Vaccine operations Central Provinces & Berar 1912-1920 - 1912-1920
Year: 1912
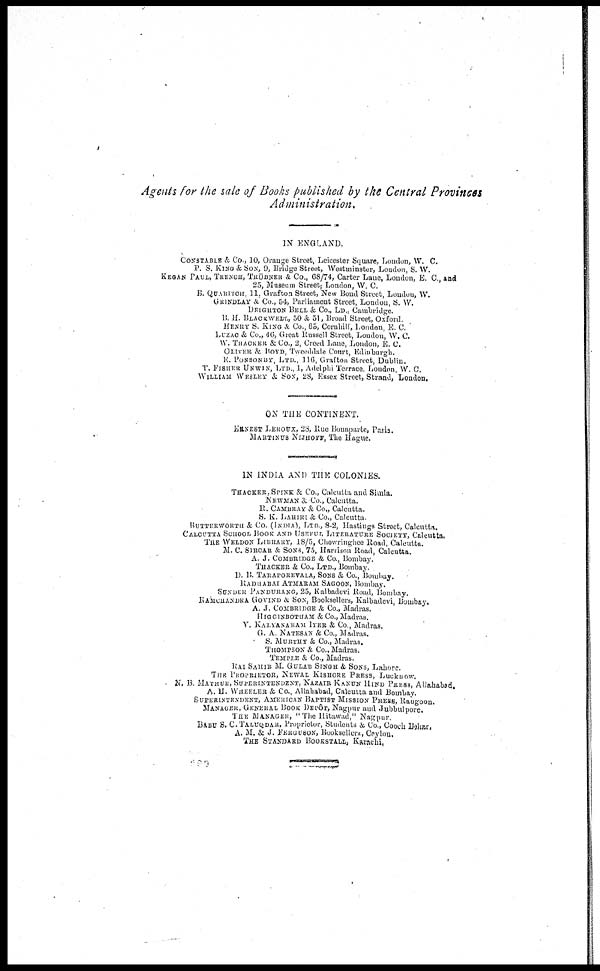
Agents for the sale of Books published by the Central Provinces
Administration.
IN ENGLAND.
CONSTABLE & Co., 10, Orange Street, Leicester Square, London, W. C.
P. S. KING & SON, 9, Bridge Street, Westminster, London, S. W.
KEGAN PAUL, TRENCH, TRÜBNER & Co., 68/74, Carter Lane, London, E. C., and
25, Museum Street, London, W. C.
B. QUARICH, 11. Grafton Street, New Bond Street, London, W.
GRINDLAY & Co, 54, Parliament Street, London, S. W.
DEIGHTON BELL & Co., LD., Cambridge.
B. H. BLACKWELL, 50 & 51, Broad Street, Oxford.
HENRY S. KING & Co., 65, Cornhill, London, E. C.
LUZAC & Co., 46, Great Russell Street, London, W. C.
W. THACKER & Co., 2, Creed Lane, London, E. C.
OLIVER & BOYD, Tweeddale Court, Edmburgh.
E. PONSONBY, LTD., 116, Grafton Street, Dublin.
T. FISHER UNWIN, LTD., 1, Adelphi Terrace, London, W. C.
WILLIAM WESLEY & SON, 28, Essex Street, Strand, London.
ON THE CONTINENT.
ERNEST LEROUX, 28, Rue Bonaparte, Paris.
MARTINUS NIJHOFF, The Hague.
IN INDIA AND THE COLONIES.
THACKER, SPINK & Co, Calcutta and Simla.
NEWMAN & Co., Calcutta.
R. CAMBRAY & Co., Calcutta.
S. K. LAHIRI & Co., Calcutta
BUTTERWORTH & Co. (INDIA), LTD, 8-2, Hastings Street, Calcutta.
CALCUTTA SCHOOL BOOK AND USEFUL LITERATURE SOCIETY, Calcutta.
THE WELDON LIBRARY, 18/5, Chowringhee Road, Calcutta.
M. C. SIRCAR & SONS, 75, Harrison Road, Calcutta.
A. J. COMBRIDGE & Co, Bombay.
THACKER & Co., LTD., Bombay.
D. B. TARAPOREVALA, SONS & Co., Bombay.
RADHABAI ATMARAM SAGOON, Bombay.
SUNDER PANDURANG, 25, Kalbadevi Road, Bombay.
RAMCHANDRA GOVIND & SON, Booksellers, Kalbadevi, Bombay.
A. J. COMBRIDGE & Co., Madras.
HIGGINBOTHAM & Co., Madras.
V. KALYANRAM IYER & Co., Madras.
G. A. NATESAN & Co., Madras.
S. MURTHY & Co., Madras.
THOMPSON & Co., Madras.
TEMPLE & Co., Madras.
RAI SAHIB M. GULAB SINGH & SONS, Lahore.
THE PROPRITOR, NEWAL KISHORE PRESS, Lucknow.
N. B. MATHUR, SUPERINTENDENT, KAZAIR KANUN HIND PRESS, Allahabad.
A. H. WHEELER &. Co., Allahabad, Calcutta and Bombay.
SUPERINTENDENT, AMERICAN BAPTIST MISSION PRESS, Rangoon.
MANAGER, GENERAL BOOK DEPÔT, Nagpur and Jubbulpore.
THE MANAGER, "The Hitawad," Nagpur.
BABU S. C. TALUQDAR, Proprietor, Students & Co., Cooch Behar,
A. M. & J. FERGUSON, Booksellers, Ceylon.
THE STANDARD BOOKSTALL, Karachi.